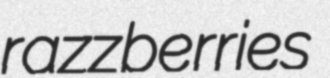
razzberries